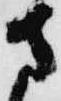
さ